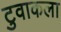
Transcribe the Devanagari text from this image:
टुवाकला